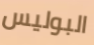
البوليس